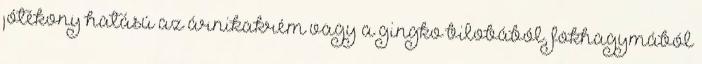
jótékony hatású az árnikakrém vagy a gingko bilobából, fokhagymából